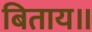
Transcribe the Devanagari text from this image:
बिताय॥